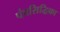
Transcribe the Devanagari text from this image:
पंचसिद्धिका